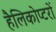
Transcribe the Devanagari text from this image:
हैलिकोप्‍टरों